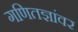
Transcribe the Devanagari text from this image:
गणितज्ञांवर